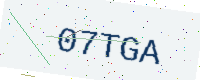
Text: 07TGA